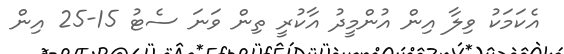
އެކަމަކު ވިލާ އިން އުންމީދު އާކުރީ ތިން ވަނަ ސެޓު 15-25 އިން